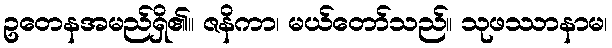
ဥတေနအမည်ရှိ၏။ ဇနိကာ၊ မယ်တော်သည်။ သုဖဿာနာမ၊